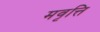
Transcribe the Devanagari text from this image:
मवृत्ति